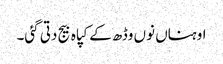
اوہناں نوں وڈھ کے کپاہ بیج دتی گئی۔